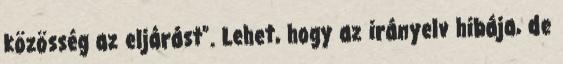
közösség az eljárást”. Lehet, hogy az irányelv hibája, de